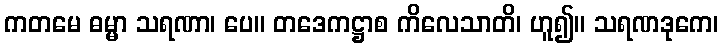
ကတမေ ဓမ္မာ သရဏာ၊ ပေ။ တဒေကဋ္ဌာစ ကိလေသာတိ၊ ဟူ၍။ သရဏဒုကေ၊